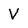
Character: V